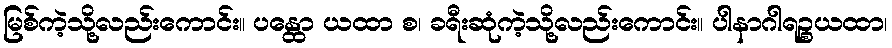
မြစ်ကဲ့သို့လည်းကောင်း။ ပန္ထော ယထာ စ၊ ခရီးဆုံကဲ့သို့လည်းကောင်း။ ပါနာဂါရဉ္စယထာ၊